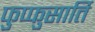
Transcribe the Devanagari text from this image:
फुप्फुसार्ति